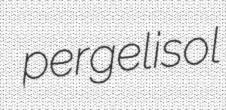
pergelisol